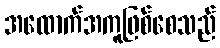
အထောက်အကူဖြစ်စေသည်